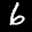
Label: 6